画像に写った文字を読んでください
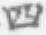
「四」と書いてあります